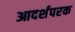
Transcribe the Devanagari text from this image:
आदर्शपरक